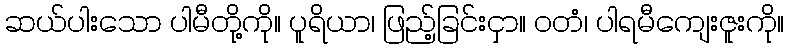
ဆယ်ပါးသော ပါမီတို့ကို။ ပူရိယာ၊ ဖြည့်ခြင်းငှာ။ ဝတံ၊ ပါရမီကျေးဇူးကို။